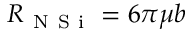
R _ { \mathrm { ~ N ~ S ~ i ~ } } = 6 \pi \mu b